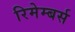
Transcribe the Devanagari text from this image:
रिमेम्बर्स